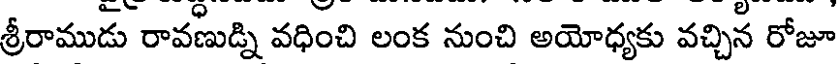
శ్రీరాముడు రావణుడ్ని వధించి లంక నుంచి అయోధ్యకు వచ్చిన రోజూ